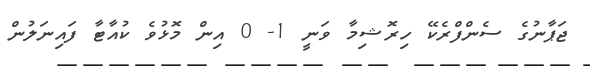
ޖަޕާނުގެ ސެންފްރެކޭ ހިރޮޝިމާ ވަނީ 1- 0 އިން މޮޅުވެ ކުއާޓާ ފައިނަލުން